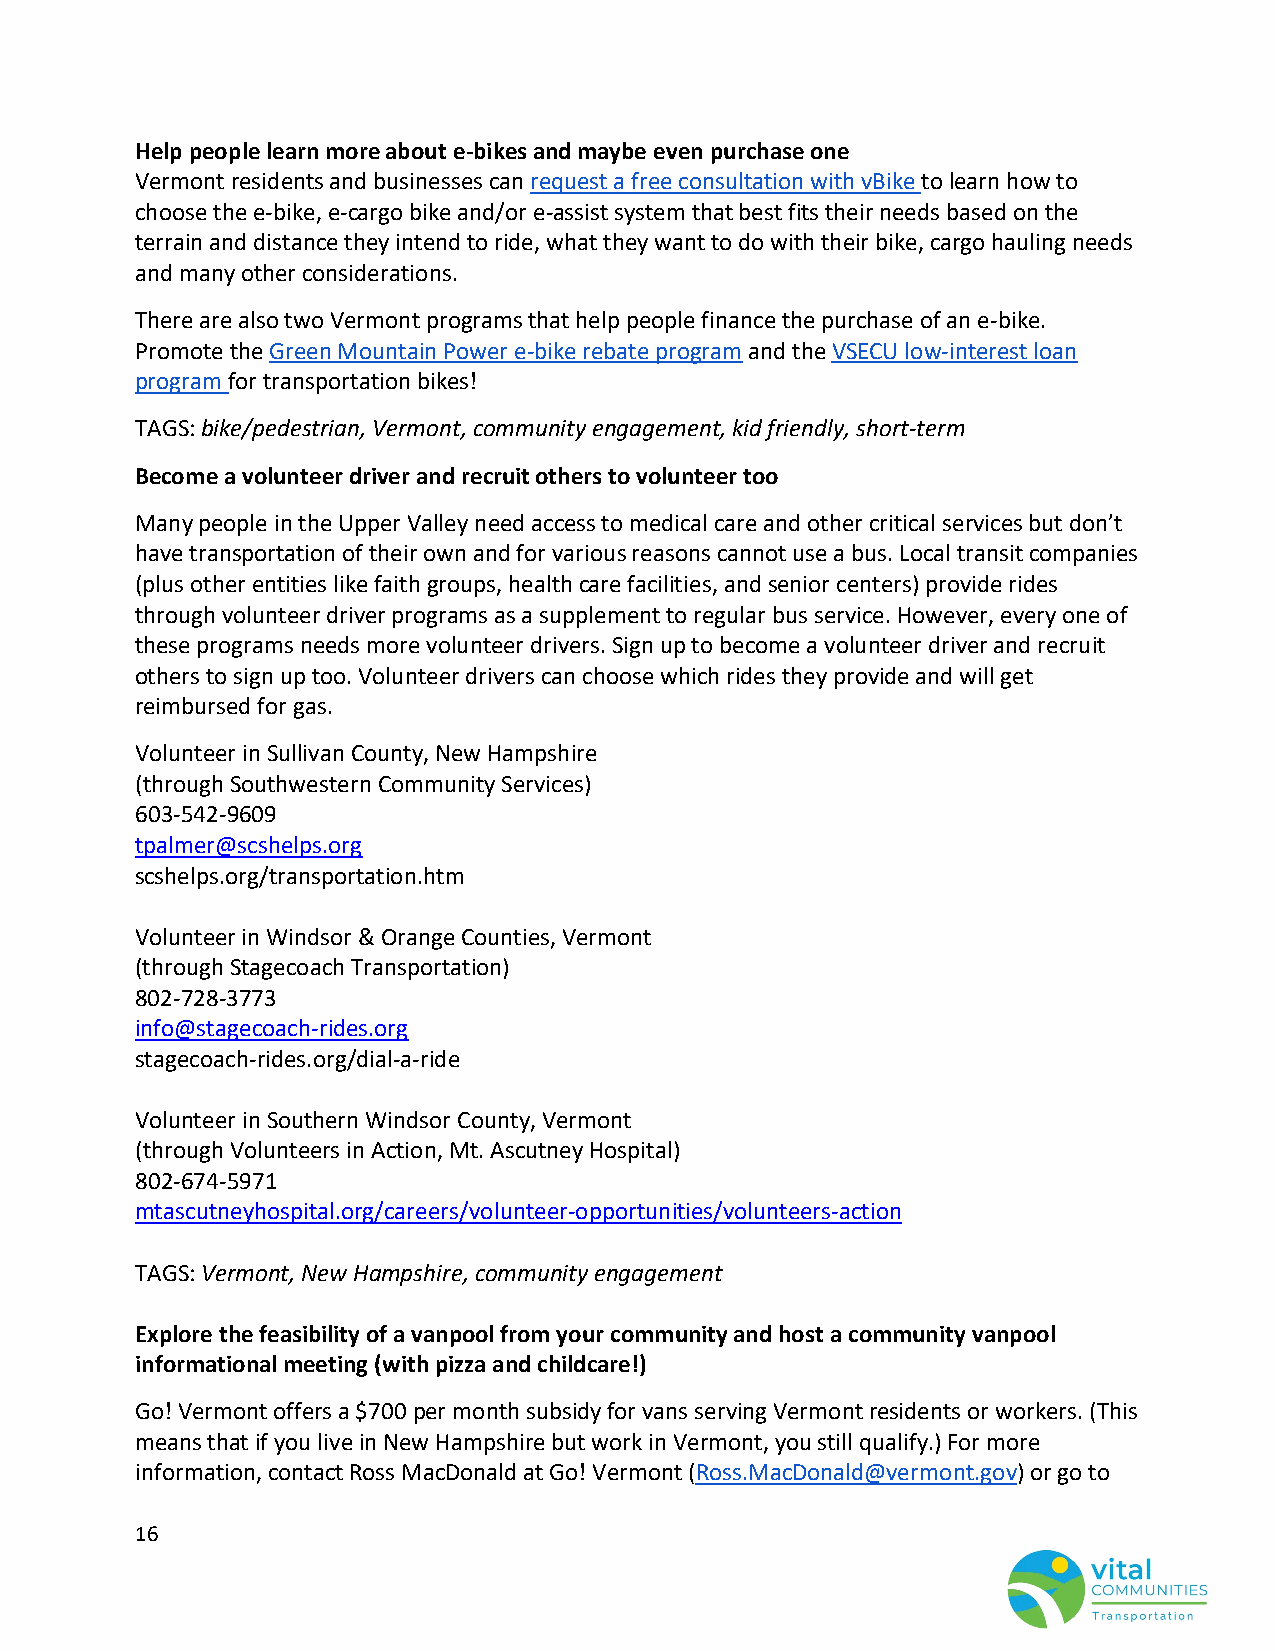
Help people learn more about e-bikes and maybe even purchase one
 Vermont residents and businesses can request a free consultation with vBike to learn how to
 choose the e-bike, e-cargo bike and/or e-assist system that best fits their needs based on the
 terrain and distance they intend to ride, what they want to do with their bike, cargo hauling needs
 and many other considerations.
 There are also two Vermont programs that help people finance the purchase of an e-bike.
 Promote the Green Mountain Power e-bike rebate program and the VSECU low-interest loan
 program for transportation bikes!
 TAGS: bike/pedestrian, Vermont, community engagement, kid friendly, short-term
 Become a volunteer driver and recruit others to volunteer too
 Many people in the Upper Valley need access to medical care and other critical services but don’t
 have transportation of their own and for various reasons cannot use a bus. Local transit companies
 (plus other entities like faith groups, health care facilities, and senior centers) provide rides
 through volunteer driver programs as a supplement to regular bus service. However, every one of
 these programs needs more volunteer drivers. Sign up to become a volunteer driver and recruit
 others to sign up too. Volunteer drivers can choose which rides they provide and will get
 reimbursed for gas.
 Volunteer in Sullivan County, New Hampshire
 (through Southwestern Community Services)
 603-542-9609
 tpalmer@scshelps.org
 scshelps.org/transportation.htm
 Volunteer in Windsor & Orange Counties, Vermont
 (through Stagecoach Transportation)
 802-728-3773
 info@stagecoach-rides.org
 stagecoach-rides.org/dial-a-ride
 Volunteer in Southern Windsor County, Vermont
 (through Volunteers in Action, Mt. Ascutney Hospital)
 802-674-5971
 mtascutneyhospital.org/careers/volunteer-opportunities/volunteers-action
 TAGS: Vermont, New Hampshire, community engagement
 Explore the feasibility of a vanpool from your community and host a community vanpool
 informational meeting (with pizza and childcare!)
 Go! Vermont offers a $700 per month subsidy for vans serving Vermont residents or workers. (This
 means that if you live in New Hampshire but work in Vermont, you still qualify.) For more
 information, contact Ross MacDonald at Go! Vermont (Ross.MacDonald@vermont.gov) or go to
 16